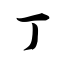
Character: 丁